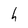
Character: h